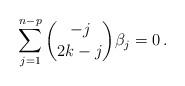
LaTeX: \begin{align*}\sum_{j=1}^{n-p} \binom{-j}{2k-j}\beta_j=0\, .\end{align*}